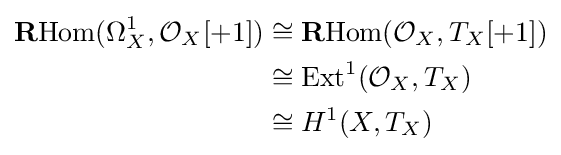
{\begin{aligned}\mathbf {R} {\text{Hom}}(\Omega _{X}^{1},{\mathcal {O}}_{X}[+1])&\cong \mathbf {R} {\text{Hom}}({\mathcal {O}}_{X},T_{X}[+1])\\&\cong {\text{Ext}}^{1}({\mathcal {O}}_{X},T_{X})\\&\cong H^{1}(X,T_{X})\end{aligned}}